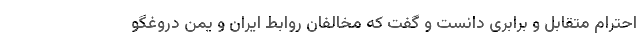
احترام متقابل و برابری دانست و گفت که مخالفان روابط ایران و یمن دروغگو